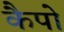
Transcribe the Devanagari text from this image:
कैपो